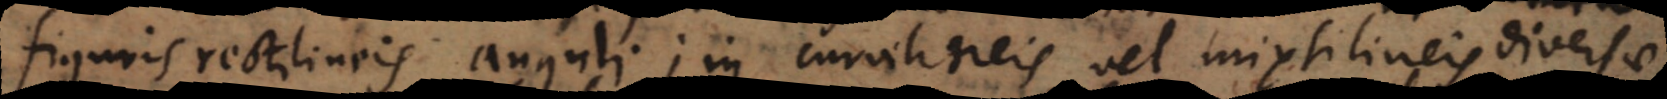
eis anguli; in curvilineis vel mixtilineis diversae